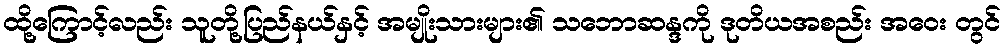
ထို့ကြောင့်လည်း သူတို့ပြည်နယ်နှင့် အမျိုးသားများ၏ သဘောဆန္ဒကို ဒုတိယအစည်း အဝေး တွင်